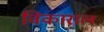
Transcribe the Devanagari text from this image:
विकाराल